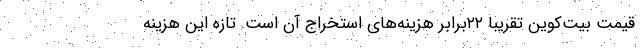
قیمت بیت‌کوین تقریبا ۲۲برابر هزینه‌های استخراج آن است. تازه این هزینه